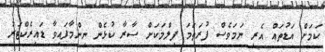
ކަމަށް އަޑުތައް އެރި ނަމަވެސް ފުރަތަމަ ފިލްމަކަށް ސާރާ ކުޅެން ނިންމާފައިވާ ޑައިރެކްޓަރު